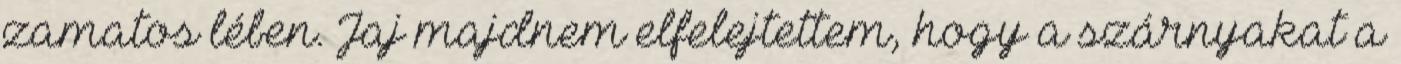
zamatos lében. Jaj majdnem elfelejtettem, hogy a szárnyakat a